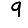
Digit: 9